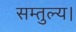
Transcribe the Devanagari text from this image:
सम्तुल्य।